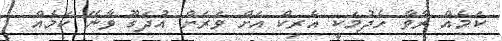
ކަމެއް ރާވާ ހެދުމަކީ އެރިކް އަށް ވަރަށް އުދަގޫ ވާނޭ ކަމެއް